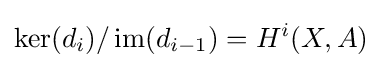
\operatorname {ker} (d_{i})/\operatorname {im} (d_{i-1})=H^{i}(X,A)